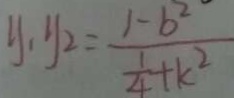
y _ { 1 } y _ { 2 } = \frac { 1 - b ^ { 2 } } { \frac { 1 } { 4 } + k ^ { 2 } }